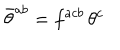
\bar { \theta } ^ { a b } = f ^ { a c b } \, \theta ^ { c }